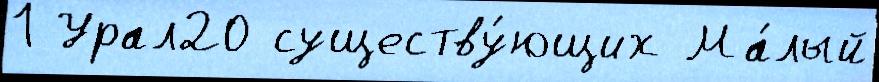
1 Урал20 существу́ющих Ма́лый